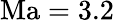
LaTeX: \mathrm{Ma}=3.2